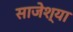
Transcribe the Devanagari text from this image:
साजेश्या